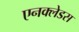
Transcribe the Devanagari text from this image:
एनक्लेडस